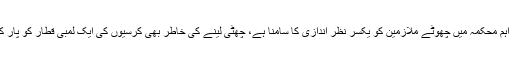
پولیس جیسے اہم محکمہ میں چھوٹے ملازمین کو یکسر نظر اندازی کا سامنا ہے، چھٹی لینے کی خاطر بھی کرسیوں کی ایک لمبی قطار کو پار کرنا پڑتا ہے ۔